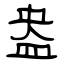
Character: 盎